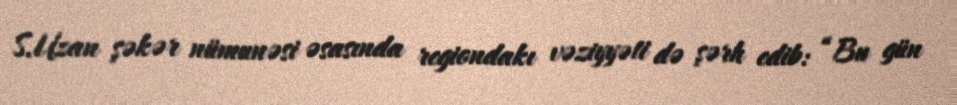
S.Uzan şəkər nümunəsi əsasında regiondakı vəziyyəti də şərh edib: “Bu gün